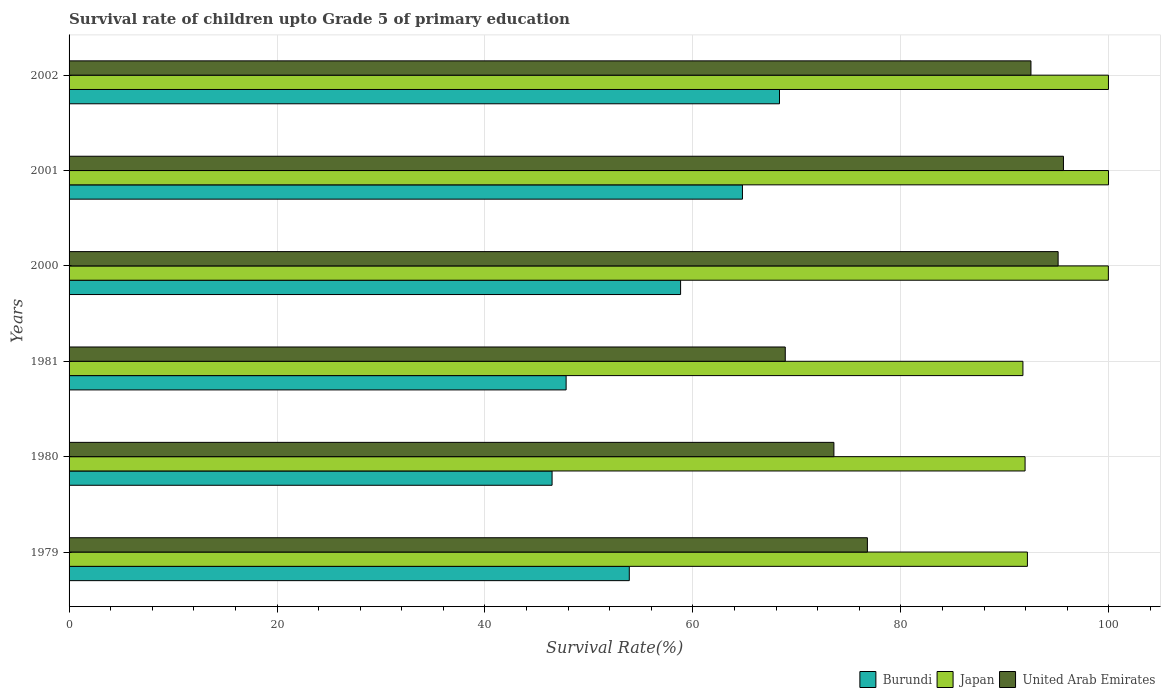
| Years | Burundi | Japan | United Arab Emirates |
 | --- | --- | --- | --- |
 | 1979 | 53.9 | 92.2 | 76.8 |
 | 1980 | 46.5 | 91.9 | 73.6 |
 | 1981 | 47.8 | 91.7 | 68.9 |
 | 2000 | 58.8 | 100 | 95.1 |
 | 2001 | 64.8 | 100 | 95.6 |
 | 2002 | 68.3 | 100 | 92.5 |